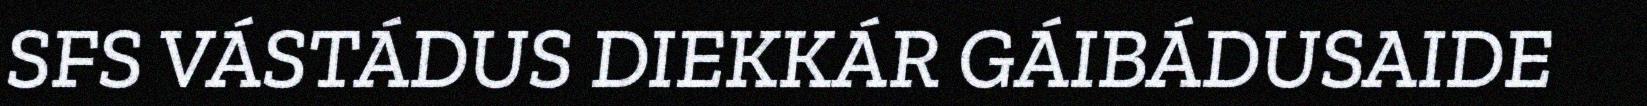
SFS VÁSTÁDUS DIEKKÁR GÁIBÁDUSAIDE